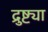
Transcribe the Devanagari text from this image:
द्रुष्ट्या